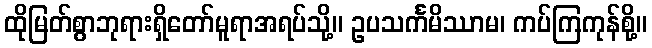
ထိုမြတ်စွာဘုရားရှိတော်မူရာအရပ်သို့။ ဥပသင်္ကမိဿာမ၊ ကပ်ကြကုန်စို့။